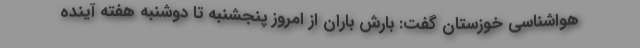
هواشناسی خوزستان گفت: بارش باران از امروز پنجشنبه تا دوشنبه هفته آینده